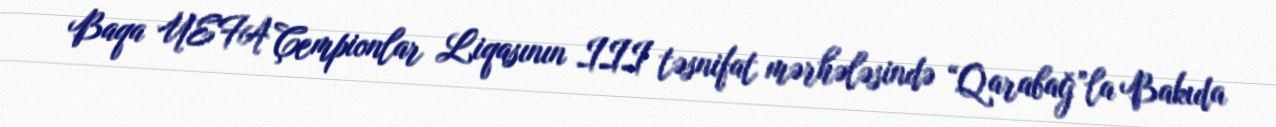
Baqa UEFA Çempionlar Liqasının III təsnifat mərhələsində “Qarabağ”la Bakıda